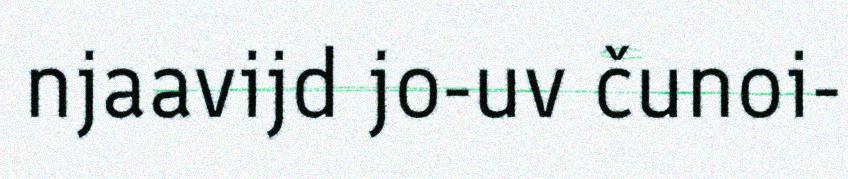
njaavijd jo-uv čunoi-